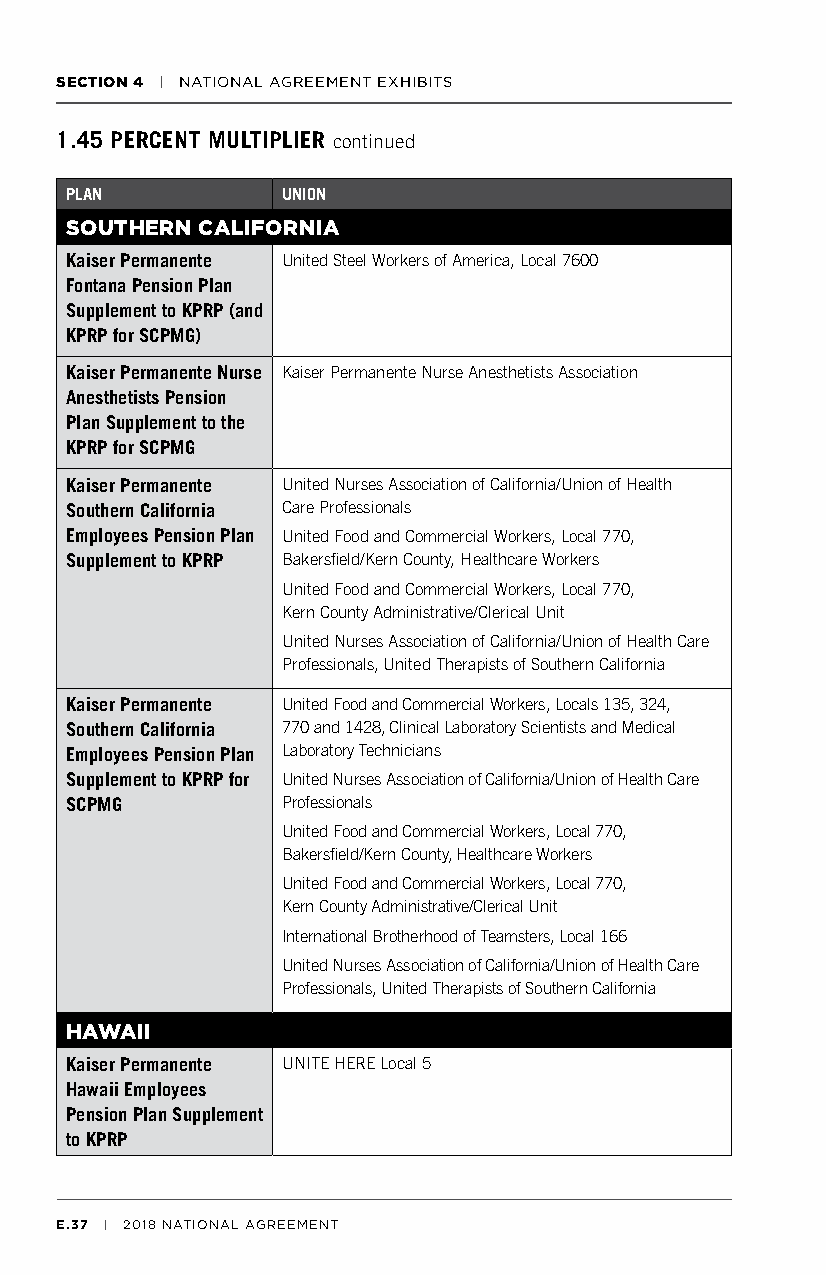
SECTION 4 | NATIONAL AGREEMENT EXHIBITS
 1.45 PERCENT MULTIPLIER continued
 PLAN           UNION
 SOUTHERN CALIFORNIA
 Kaiser Permanente United Steel Workers of America, Local 7600
 Fontana Pension Plan
 Supplement to KPRP (and
 KPRP for SCPMG)
 Kaiser Permanente Nurse Kaiser Permanente Nurse Anesthetists Association
 Anesthetists Pension
 Plan Supplement to the
 KPRP for SCPMG
 Kaiser Permanente United Nurses Association of California/Union of Health
 Southern California Care Professionals
 Employees Pension Plan United Food and Commercial Workers, Local 770,
 Supplement to KPRP Bakersfield/Kern County, Healthcare Workers
 United Food and Commercial Workers, Local 770,
 Kern County Administrative/Clerical Unit
 United Nurses Association of California/Union of Health Care
 Professionals, United Therapists of Southern California
 Kaiser Permanente United Food and Commercial Workers, Locals 135, 324,
 Southern California 770 and 1428, Clinical Laboratory Scientists and Medical
 Employees Pension Plan Laboratory Technicians
 Supplement to KPRP for United Nurses Association of California/Union of Health Care
 SCPMG          Professionals
 United Food and Commercial Workers, Local 770,
 Bakersfield/Kern County, Healthcare Workers
 United Food and Commercial Workers, Local 770,
 Kern County Administrative/Clerical Unit
 International Brotherhood of Teamsters, Local 166
 United Nurses Association of California/Union of Health Care
 Professionals, United Therapists of Southern California
 HAWAII
 Kaiser Permanente UNITE HERE Local 5
 Hawaii Employees
 Pension Plan Supplement
 to KPRP
 E.37 | 2018 NATIONAL AGREEMENT